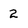
Character: 2